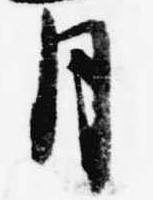
月